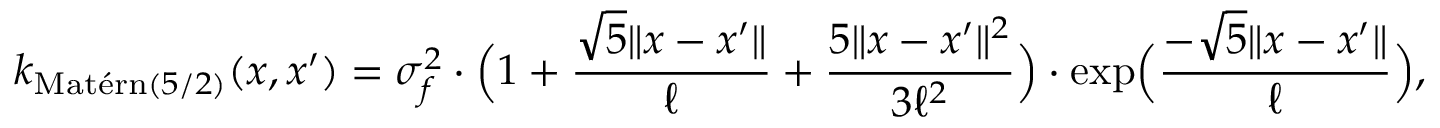
k _ { \mathrm { M a t \' { e } r n } ( 5 / 2 ) } ( \boldsymbol { x } , \boldsymbol { x ^ { \prime } } ) = \sigma _ { f } ^ { 2 } \cdot \Big ( 1 + \frac { \sqrt { 5 } \lVert \boldsymbol { x } - \boldsymbol { x ^ { \prime } } \rVert } { \ell } + \frac { 5 \lVert \boldsymbol { x } - \boldsymbol { x ^ { \prime } } \rVert ^ { 2 } } { 3 \ell ^ { 2 } } \Big ) \cdot \mathrm { e x p } \Big ( \frac { - \sqrt { 5 } \lVert \boldsymbol { x } - \boldsymbol { x ^ { \prime } } \rVert } { \ell } \Big ) ,